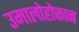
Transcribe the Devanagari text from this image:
उमालोहोकान